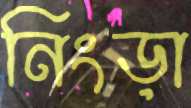
নিংড়া